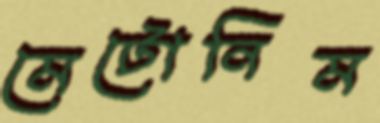
মেটোনিম